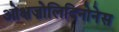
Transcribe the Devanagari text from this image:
ओक्षज़ोलिदिनोनेस